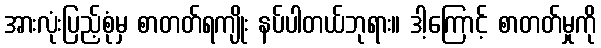
အားလုံးပြည့်စုံမှ စာတတ်ရကျိုး နပ်ပါတယ်ဘုရား။ ဒါ့ကြောင့် စာတတ်မှုကို